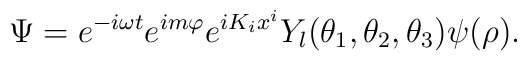
\Psi = e^{-i \omega t} e^{i m \varphi} e^{i K_i x^i}          Y_l(\theta_1, \theta_2, \theta_3) \psi(\rho).